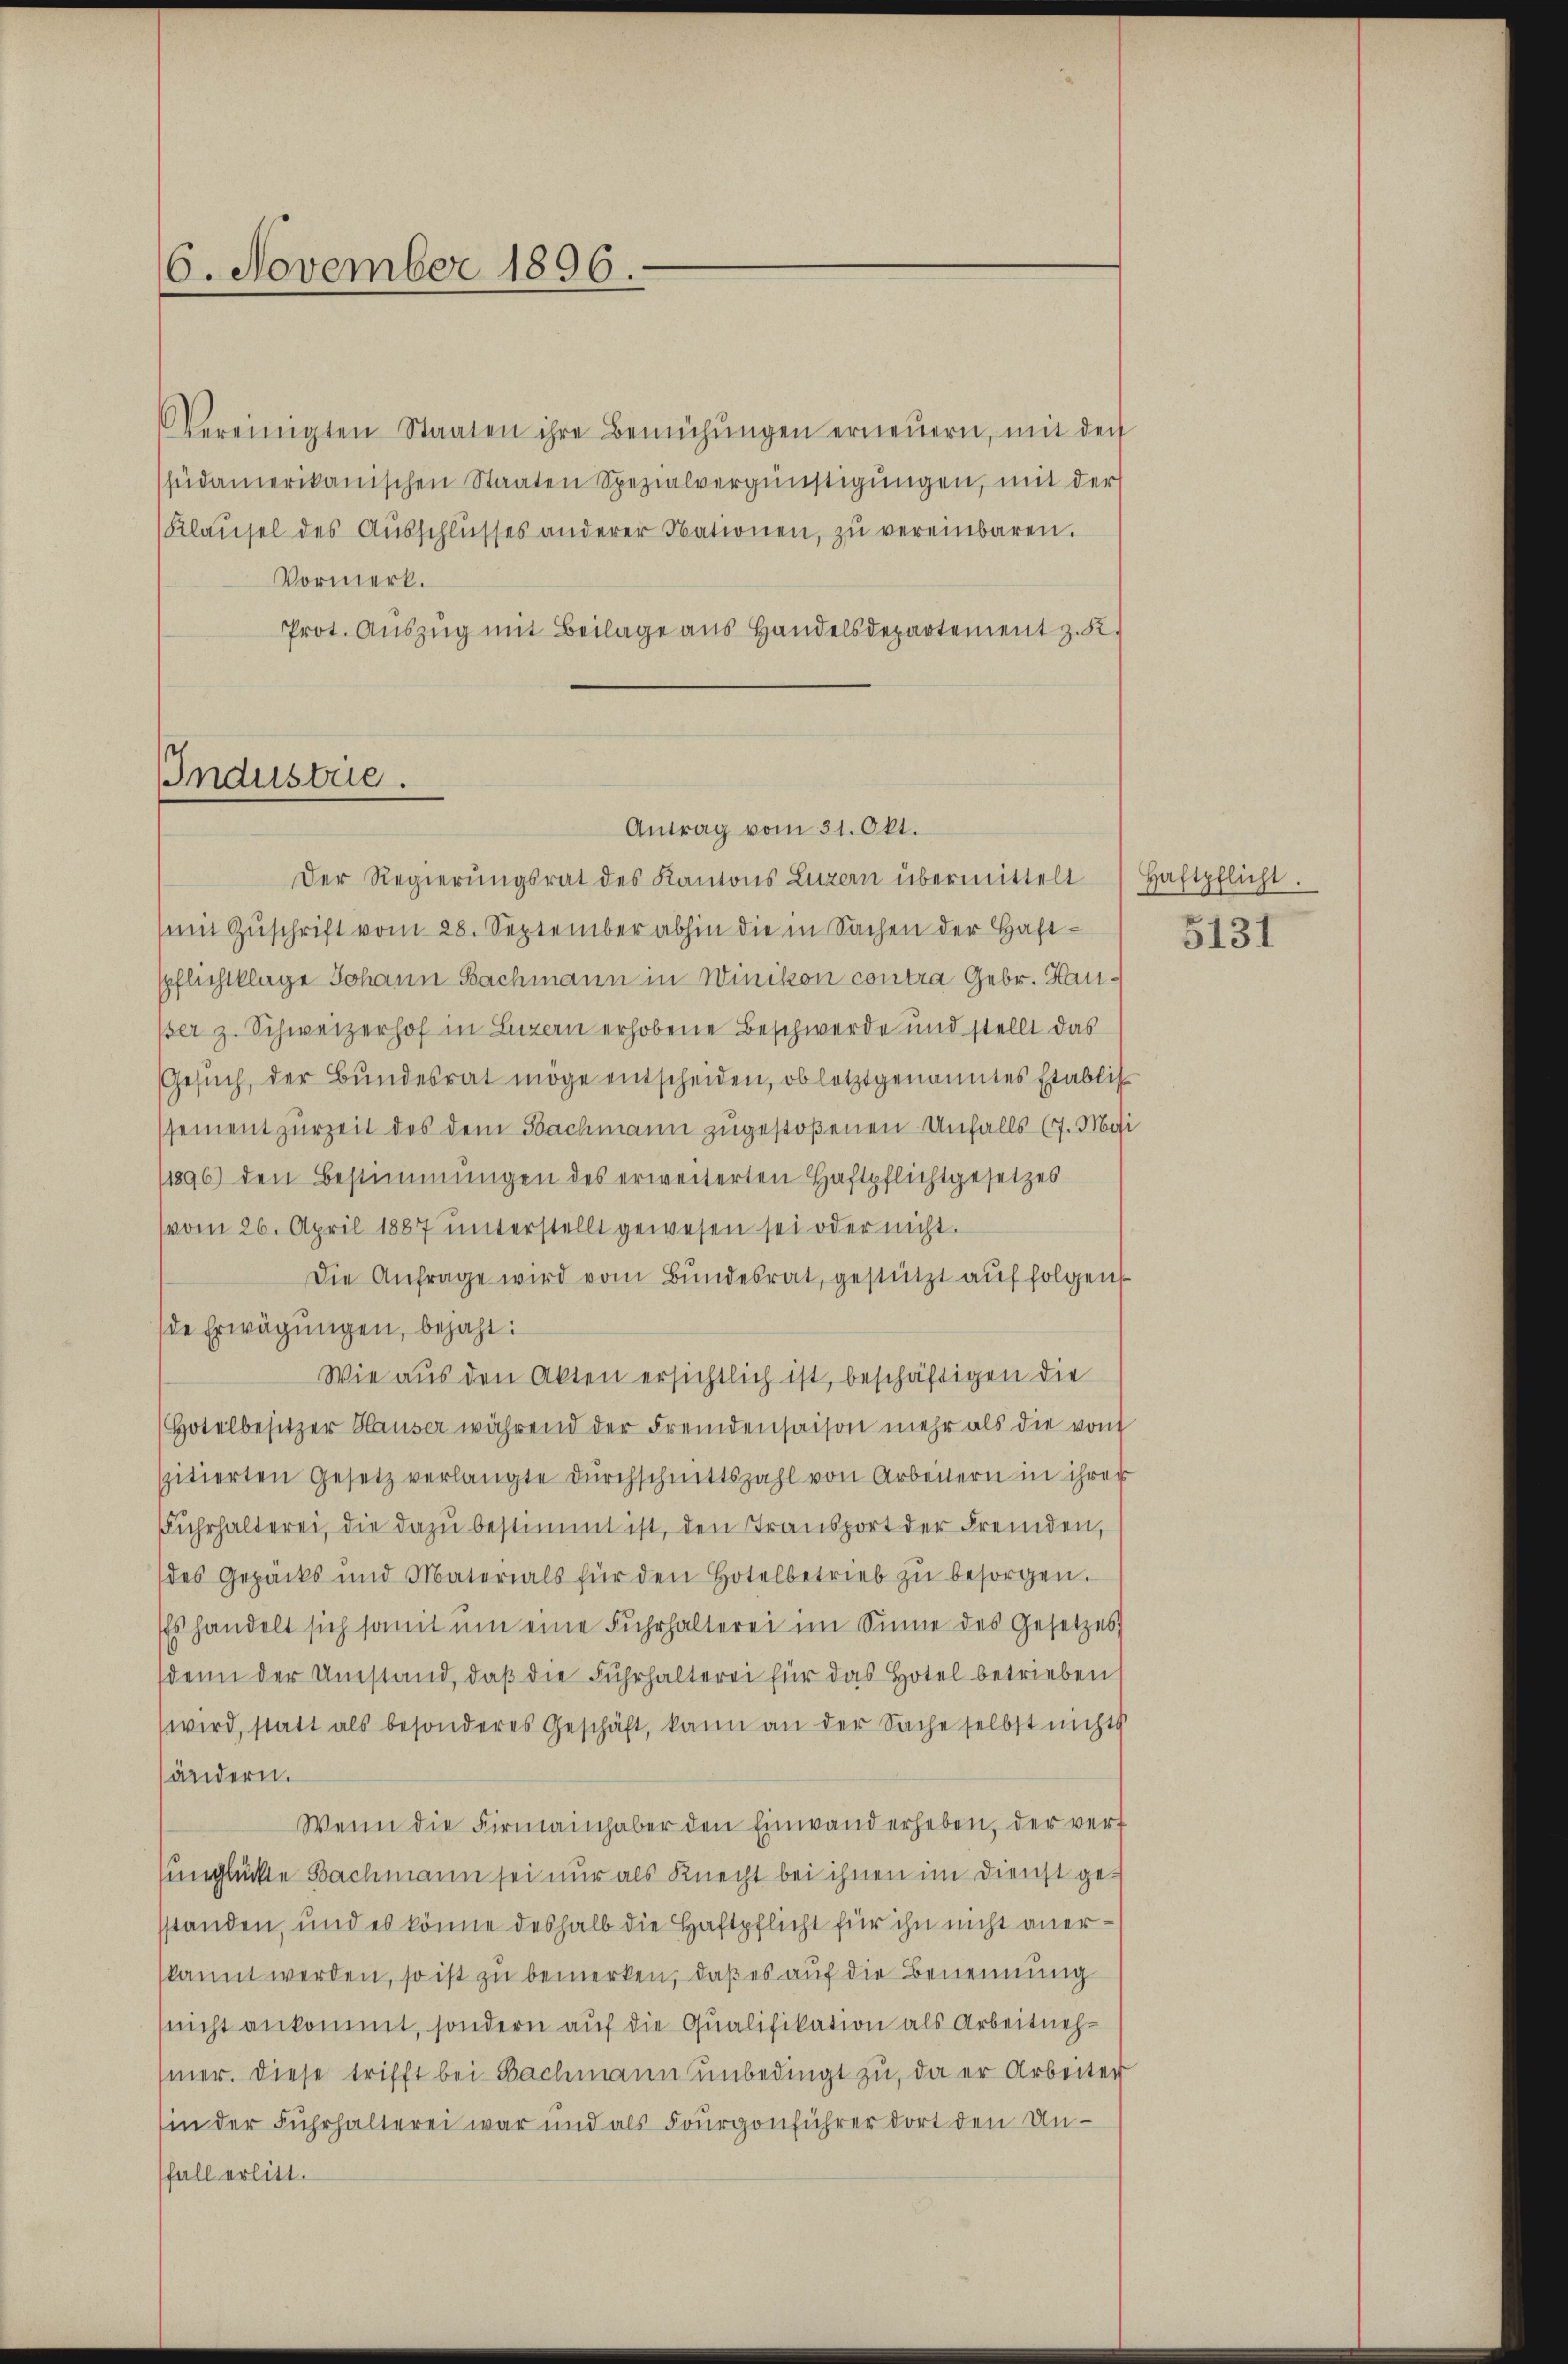
6. November 1896.

ereinigten Staaten ihre Bemühŭngen erneŭern, mit der
hüdamerikanischen Staaten Spezialvergünstigŭngen, mit der
Klaŭsel des Aŭsschlŭsses anderer Nationen, zŭ vereinbaren.
Vormerk.
Prot. Aŭszŭg mit Beilage aus Handelsdepartement z. K.

Industrie.

mit Zŭschrift vom 28. September abhin die in Sachen der Haft-
spflichtklage Johann Bachmann in Winikon contra Gebr. Haußer z. Schweizerhof in Luzern erhobene Beschwerde und stellt das
Gesŭch, der Bŭndesrat möge entscheiden, ob letztgenanntes Etablis
ssement zurzeit des dem Bachmann zugestoßenen Unfalls (7. Mai
(1896) den Bestimmungen des erweiterten Haftpflichtgesetzes
(vom 26. April 1887 unterstellt gewesen sei oder nicht.
Die Anfrage wird vom Bŭndesrat, gestützt aŭf folgen
de Erwägungen, bejaht:
Wie aus den Akten ersichtlich ist, beschäftigen die
(Hotelbesitzer Hauser während der Fremdensaison mehr als die von
spitierten Gesetz verlangte dŭrchschnittszahl von Arbeitern in ihrer
Fŭhrhalterei, die dazŭ bestimmt ist, den Transport der Fremden,
des Gepäcks und Materials für den Hotel betrieb zŭ besorgen.
Es handelt sich samt um eine Fuhrhalterei im Sinne des Gesetzes
sdenn der Umstand, daβ die Fŭhrhalterei für das Hotel betrieben
wird, statt als besonderes Geschäft, kann an der Sache selbst nichts
sändern.
Wenn die Firmainhaber den Einwand erheben, der vert
unglückte Bachmann sei nur als Knecht bei ihnen im Dienst gesstanden, und es könne deshalb die Haftpflicht für ihn nicht anerkannt werden, so ist zu bemerken, daß es auf die Benennung
(nicht ankommt, sondern auf die Qualifikation als Arbeitnehmer. Diese trifft bei Bachmann unbedingt zu, da er Arbeiter
sin der Fuhrhalterei war und als Fourgonführer dort den Un-
fall erlitt.

Antrag vom 31. Okt.
Der Regierungsrat des Kantons Luzern übermittelt

Haftpflicht.
5131